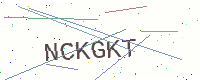
Text: NCKGKT